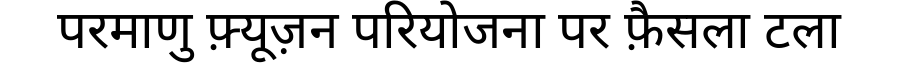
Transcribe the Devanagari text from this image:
परमाणु फ़्यूज़न परियोजना पर फ़ैसला टला